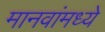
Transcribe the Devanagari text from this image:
मानवांमध्ये